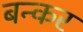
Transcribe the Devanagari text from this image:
बन्कर